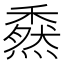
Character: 𥢯